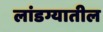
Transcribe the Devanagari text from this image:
लांडग्यातील